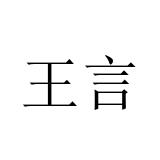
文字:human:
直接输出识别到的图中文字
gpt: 王言